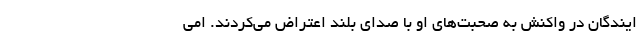
ایندگان در واکنش به صحبت‌های او با صدای بلند اعتراض می‌کردند. امی